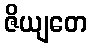
ဇိယျတေ